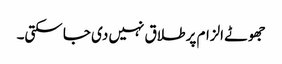
جھوٹے الزام پر طلاق نہیں دی جا سکتی۔